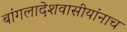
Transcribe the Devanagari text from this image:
बांगलादेशवासीयांनाच